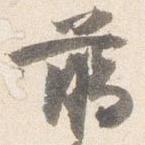
臈